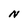
Character: N